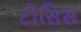
ટોસિસ